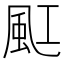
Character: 䫹